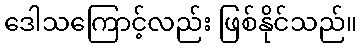
ဒေါသကြောင့်လည်း ဖြစ်နိုင်သည်။